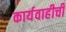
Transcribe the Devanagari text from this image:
कार्यवाहीची